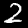
Label: 2